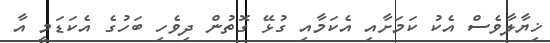
ޚިޔާލާވެސް އެކު ކަމަށާއި އެކަމާއި ގުޅޭ ގޮތުން ދިވެހި ބަހުގެ އެކަޑަމީ އާ